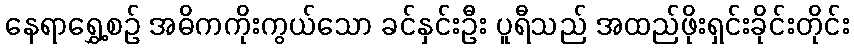
နေရာရွှေ့စဉ် အဓိကကိုးကွယ်သော ခင်နှင်းဦး ပူရီသည် အထည်ဖိုးရှင်းခိုင်းတိုင်း